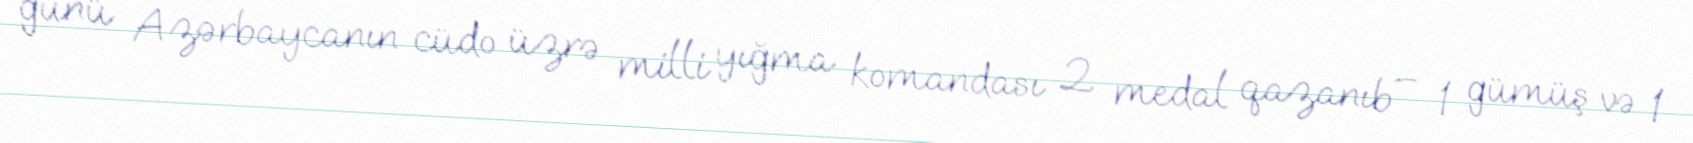
günü Azərbaycanın cüdo üzrə milli yığma komandası 2 medal qazanıb – 1 gümüş və 1